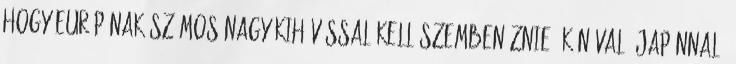
hogy Európának számos nagy kihívással kell szembenéznie: Kínával, Japánnal,